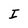
Character: I